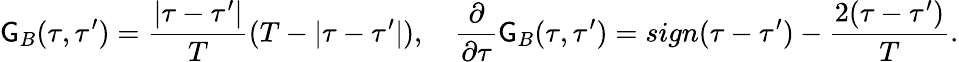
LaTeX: \mathsf{G}_{B}(\tau,\tau^{\prime})=\frac{{|\tau-\tau^{\prime}|}}{{T}}(T-|\tau-\tau^{\prime}|),\quad\frac{{\partial}}{{\partial\tau}}\mathsf{G}_{B}(\tau,\tau^{\prime})=sign(\tau-\tau^{\prime})-{\frac{{2(\tau-\tau^{\prime})}}{{T}}}.